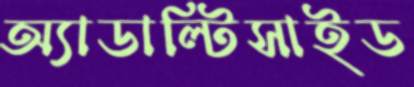
অ্যাডাল্টিসাইড